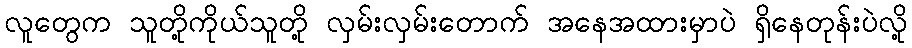
လူတွေက သူတို့ကိုယ်သူတို့ လှမ်းလှမ်းတောက် အနေအထားမှာပဲ ရှိနေတုန်းပဲလို့